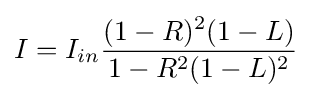
I=I_{in}{\frac {(1-R)^{2}(1-L)}{1-R^{2}(1-L)^{2}}}